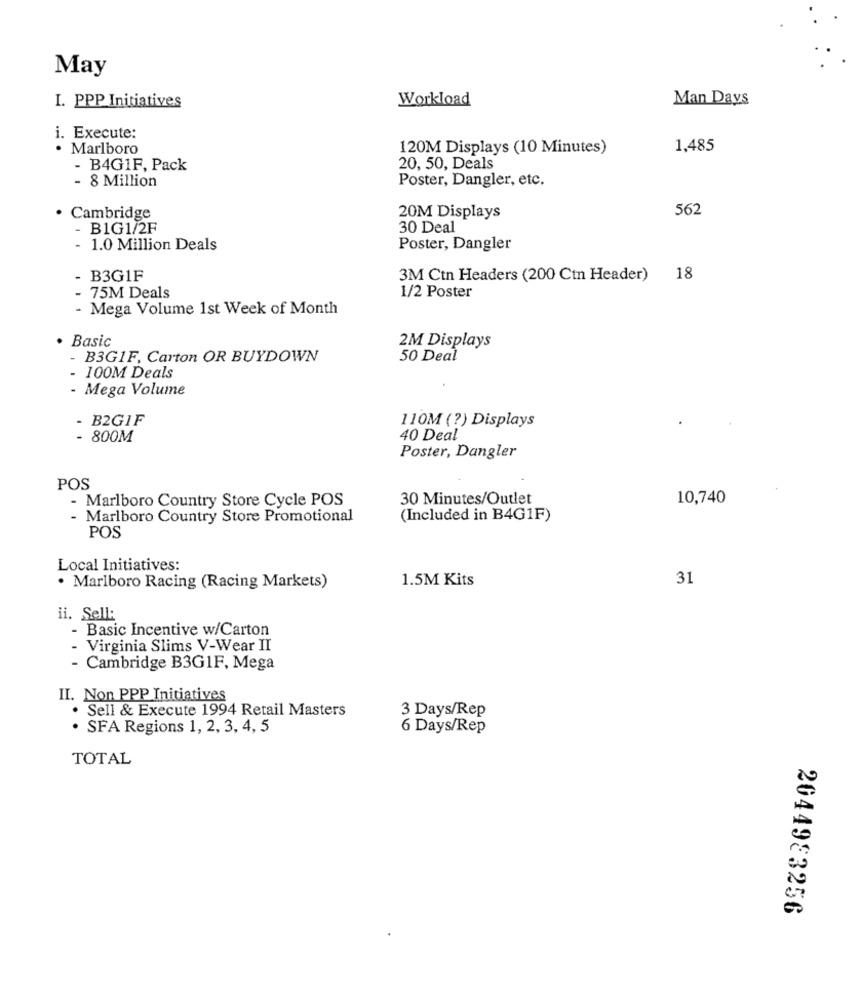
May
I. PPP Initiatives
Workload
Man Days
i. Execute:
· Marlboro
120M Displays (10 Minutes)
1,485
- B4G1F, Pack
20, 50, Deals
- 8 Million
Poster, Dangler, etc.
562
Cambridge
20M Displays
- B1G1/2F
30 Deal
1.0 Million Deals
Poster, Dangler
B3G1F
3M Ctn Headers (200 Ctn Header) 18
75M Deals
1/2 Poster
- Mega Volume 1st Week of Month
Basic
2M Displays
- B3G1F, Carton OR BUYDOWN
50 Deal
- 100M Deals
- Mega Volume
- B2GIF
110M (?) Displays
- 800M
40 Deal
Poster, Dangler
POS
- Marlboro Country Store Cycle POS
30 Minutes/Outlet
10,740
- Marlboro Country Store Promotional
(Included in B4G1F)
POS
Local Initiatives:
1.5M Kits
31
· Marlboro Racing (Racing Markets)
ii. Sell:
- Basic Incentive w/Carton
- Virginia Slims V-Wear II
- Cambridge B3G1F, Mega
II. Non PPP Initiatives
. Sell & Execute 1994 Retail Masters
3 Days/Rep
· SFA Regions 1, 2, 3, 4, 5
6 Days/Rep
TOTAL
2044983256